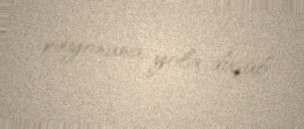
rayonuna yola düşüb.